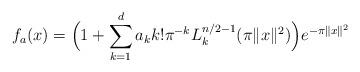
LaTeX: \begin{align*}f_a(x) = \Big(1 + \sum_{k=1}^d a_kk! \pi^{-k}L_k^{n/2-1}(\pi \|x\|^2)\Big) e^{-\pi \|x\|^2}\end{align*}